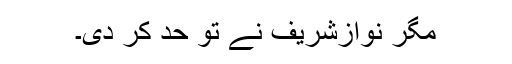
مگر نوازشریف نے تو حد کر دی۔